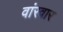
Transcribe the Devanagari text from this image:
वांरवार